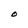
Character: O